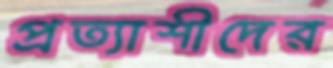
প্রত্যাশীদের